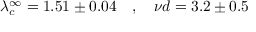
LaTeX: \lambda _ { c } ^ { \infty } = 1 . 5 1 \pm 0 . 0 4 \ \ \ , \ \ \ { { \nu } d } = 3 . 2 \pm 0 . 5